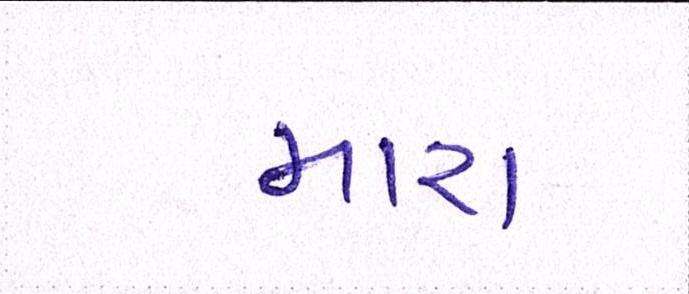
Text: મારા